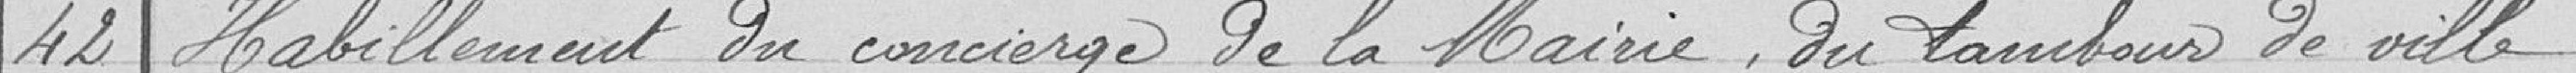
42 Habillement du concierge de la Mairie, du tambour de ville